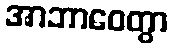
အာဘာဝေတွာ